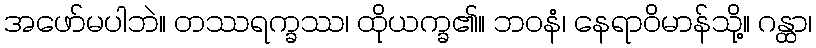
အဖော်မပါဘဲ။ တဿရက္ခဿ၊ ထိုယက္ခ၏။ ဘဝနံ၊ နေရာဝိမာန်သို့။ ဂန္ထာ၊